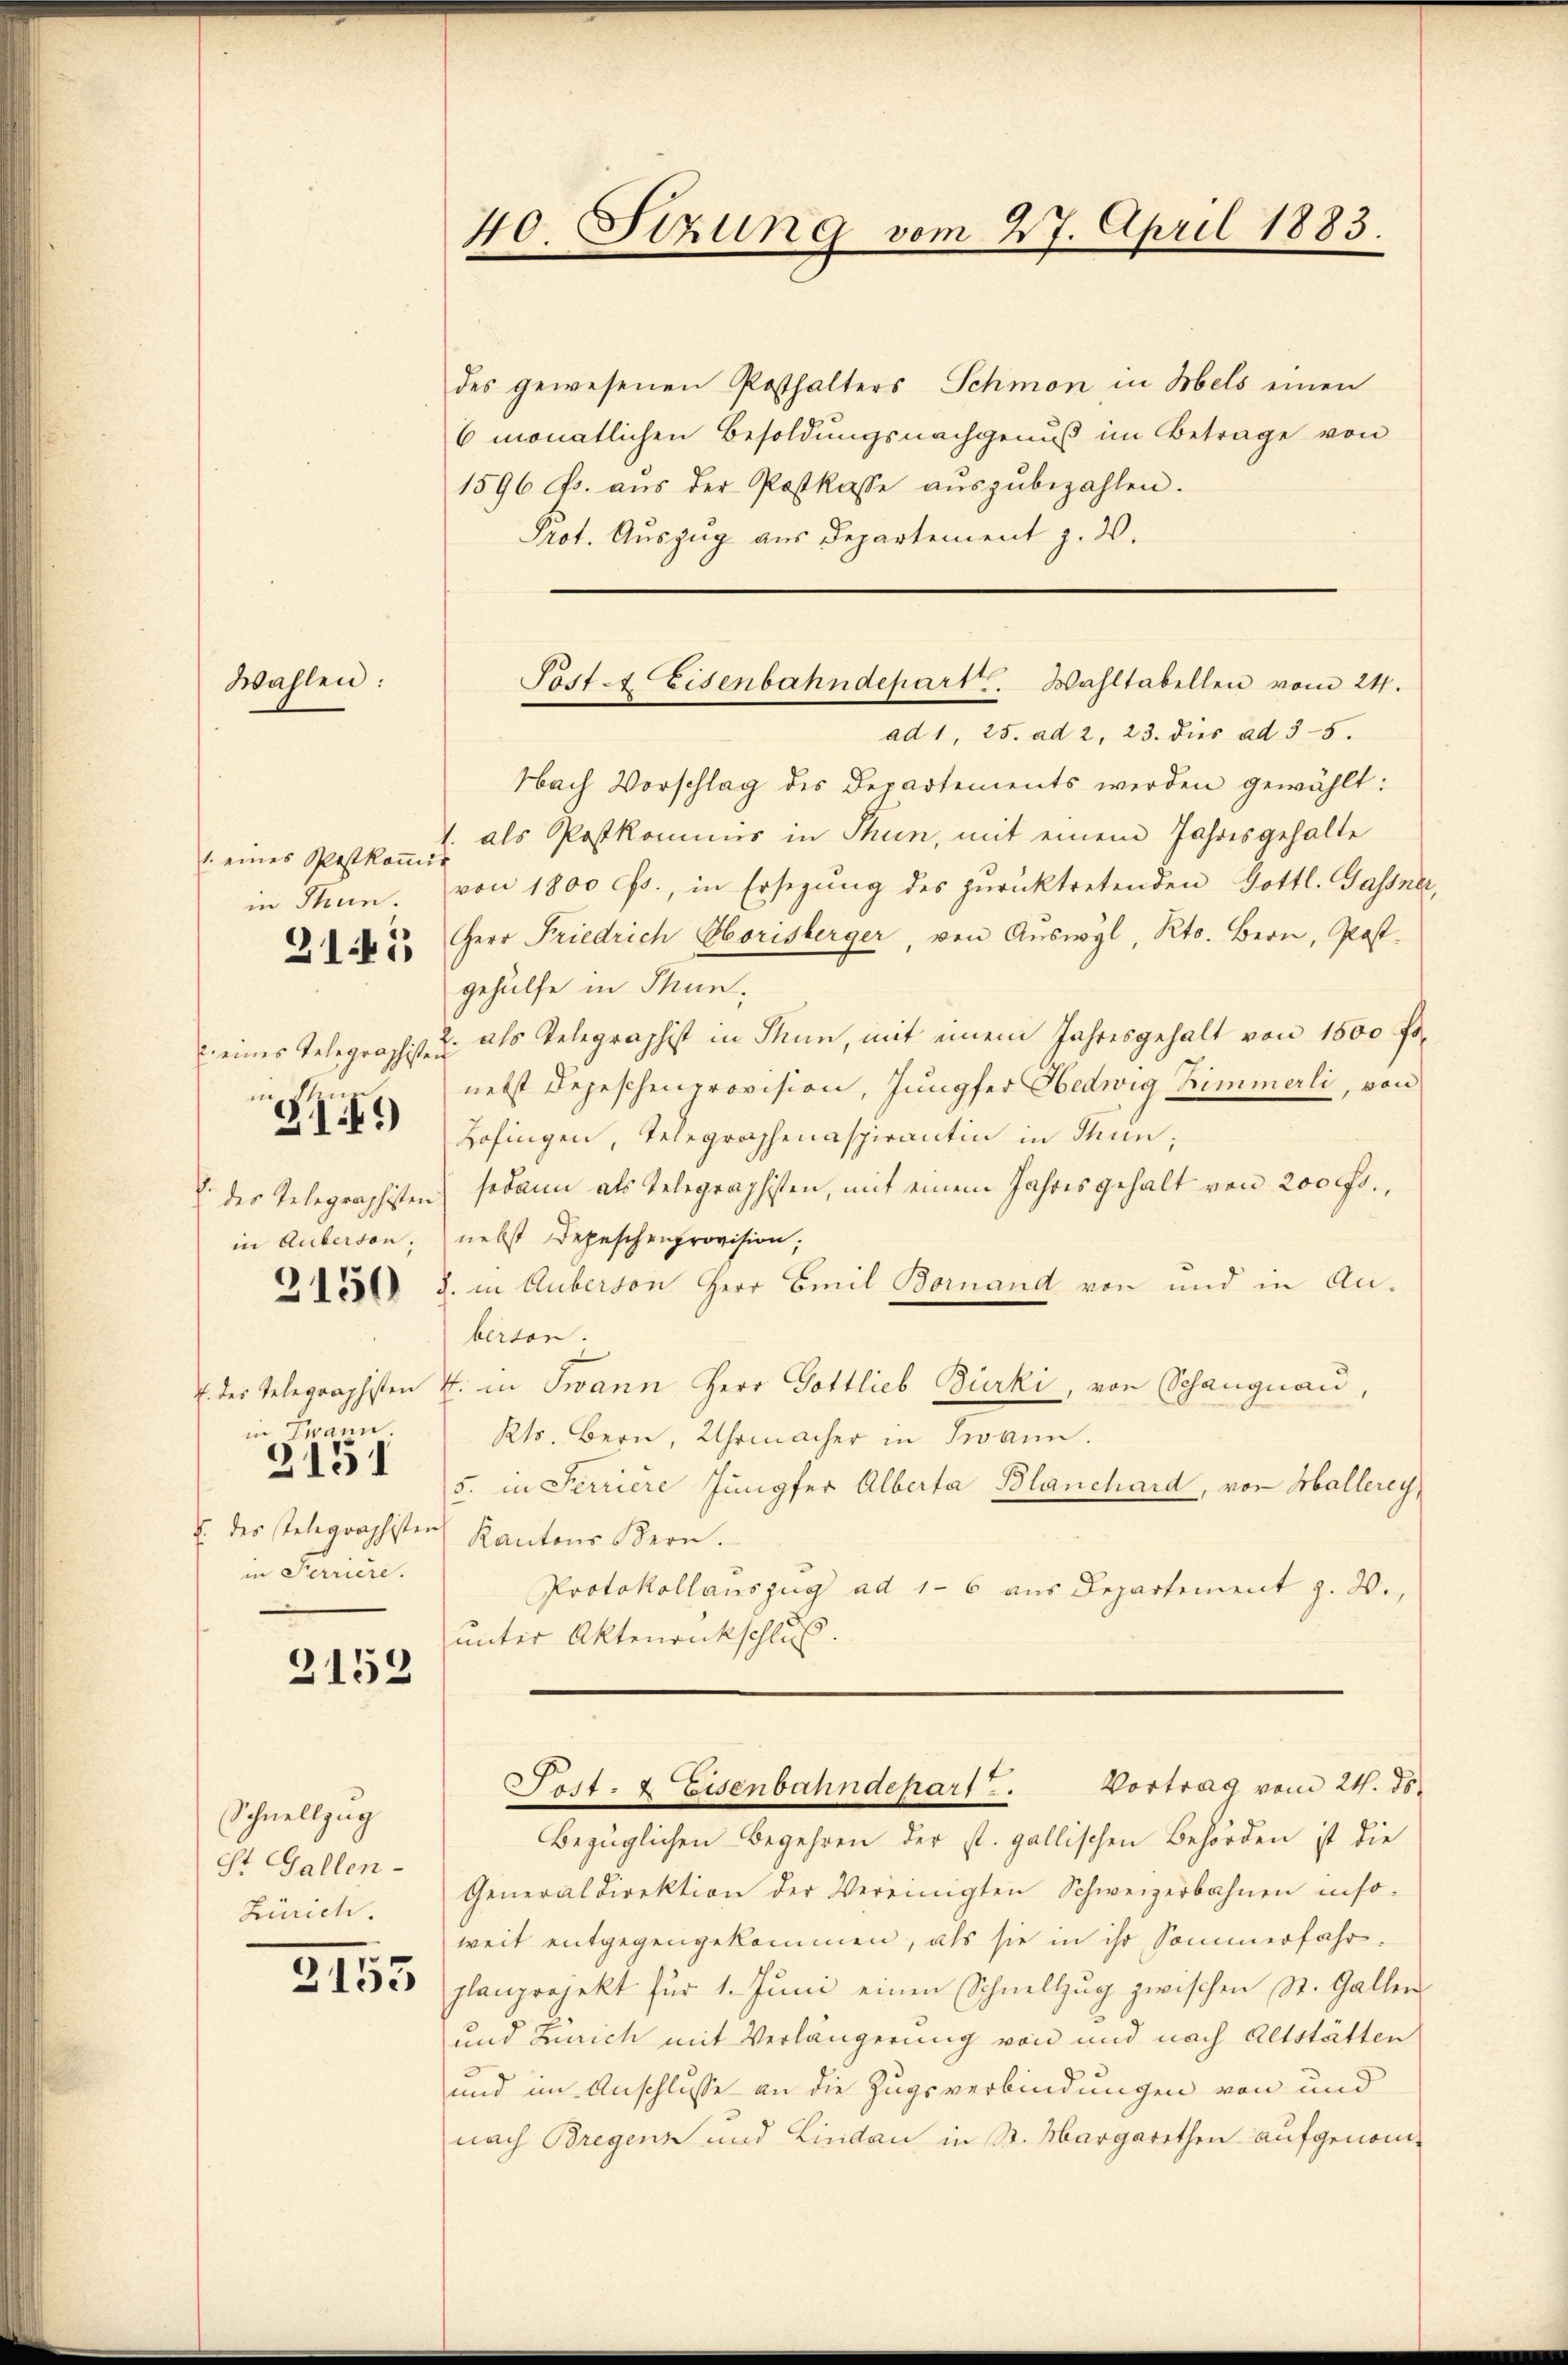
Wahlen:

1. eines Postkoṁis
in Thun.

. eines Telegraphisten

311)

in Auferson;

3150

in Zwann.
in Feriere.

2151

2152

Schnellzug
St. Gallen-
Zürich.

3153

40. Sizung vom 27. April 1883.

des gewesenen Posthalters Schmon in Hels einen
6 monatlichen Besoldungsnachgenuß im Betrage von
1596 f. aŭs der Postkasse aŭszŭbezahlen.
Prot. Auszug aus Departement z. W.

Nach Vorschlag des Departements werden gewählt:
als Postkommis in Thun, mit einem Jahresgehalte
von 1800 cts., in Ersezung des zurücktretenden Gottl. Gassner,
22. Herr Friedrich Horisberger, von Auswyl, Kts. Bern, Postgehülfe in Thunahs Telegraphist in Thun, mit einem Jahresgehalt von 1500 fonebst Depeschenprovision, Jungfer Hedwig Zimmerli, von
Hofingen, Telegraphenaspirantin in Thun;
E des Telegraphisten sodann als Telegraphisten, mit einem Jahresgehalt von 200 fr.,
nebst Depeschenprovision;
J. in Auberton Herr Emil Bornand von und in Anberton.
7 des Telegraphisten u. in Twann Herr Gottlieb Burki, von Schangnau,
Kts. Bern, Uhrmacher in Twann.
5. in Serriere Jungfer Alberta Blanchard, von Hallerey,
u. des stelegraphister Kantons Bern.
Protokollauszug ad 16 aus Departement z. 2.,
unter Aktenrückschluß.

Post. Eisenbahndepart. Wahltabellen vom 24.
ad 1, 25. ad 2, 23. dies ad 35.

Generaldirektion der Vereinigten Schweizerbahnen inso-
weit entgegengekommen, als sie in ihr Sommerfahr.
planprojekt für 1. Juni einen Schnellzug zwischen St. Gallen
und Zürich mit Verlängerung von und nach Altstätten
und im Anschlusse an die Zugsverbindungen von und
nach Bregenz und Lindau in St. Margarethen aufgenom-

Sost- & Eisenbahndepart. Vortrag vom 24. ds.
Bezüglichen Begehren der st. gallischen Behörden ist die